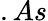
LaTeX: .As